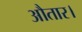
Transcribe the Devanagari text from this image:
औतार।